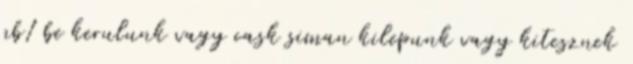
nb1 be kerulunk vagy cask siman kilepunk vagy kitesznek